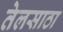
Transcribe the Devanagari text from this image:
तेलसाठा